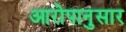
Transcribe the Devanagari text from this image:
आरोपानुसार